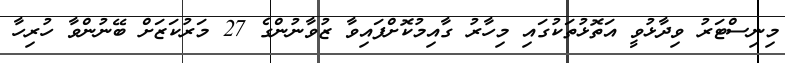
މިނިސްޓަރު ވިދާޅުވީ އަތޮޅުތަކުގައި މިހާރު ގާއިމުކޮށްފައިވާ ޒުވާނުންގެ 27 މަރުކަޒަށް ބޭނުންވާ ހުރިހާ